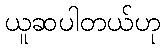
ယူဆပါတယ်ဟု